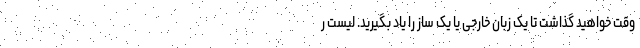
وقت خواهید گذاشت تا یک زبان خارجی یا یک ساز را یاد بگیرید. لیست ر